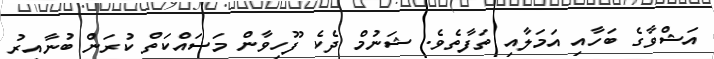
އަޝްވާގެ ބަހާއި އަމަލާއި ތަފާތެވެ. ޝަނުމް ދެކެ ފޫހިވާން މަސައްކަތް ކުރަން ބުނާއިރު